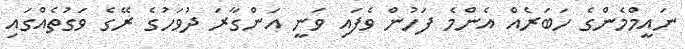
ނައީމްމެންގެ ހަބަރެއް އެންމެ ފަހުން ވެފައި ވަނީ އަންގާރަ ދުވަހުގެ ރޭގެ ވަގުތެއްގައި